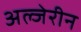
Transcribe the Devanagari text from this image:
अल्जेरीन